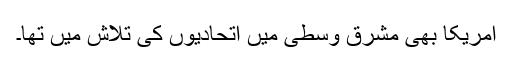
امریکا بھی مشرق وسطیٰ میں اتحادیوں کی تلاش میں تھا۔